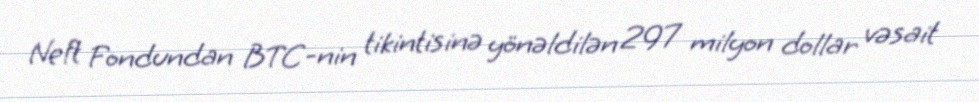
Neft Fondundan BTC-nin tikintisinə yönəldilən 297 milyon dollar vəsait